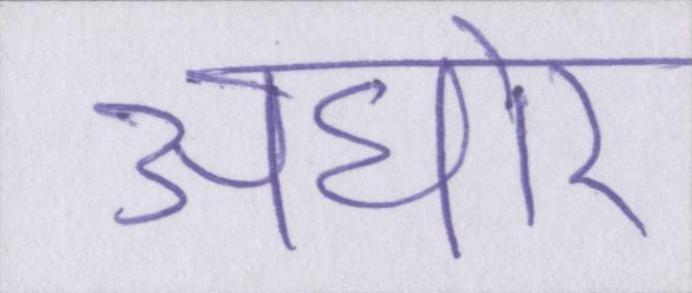
अघोर